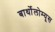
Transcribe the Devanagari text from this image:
बार्थोलोम्यूस